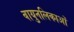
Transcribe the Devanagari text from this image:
वायुनलिकाओं